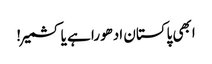
ابھی پاکستان ادھورا ہے یا کشمیر!